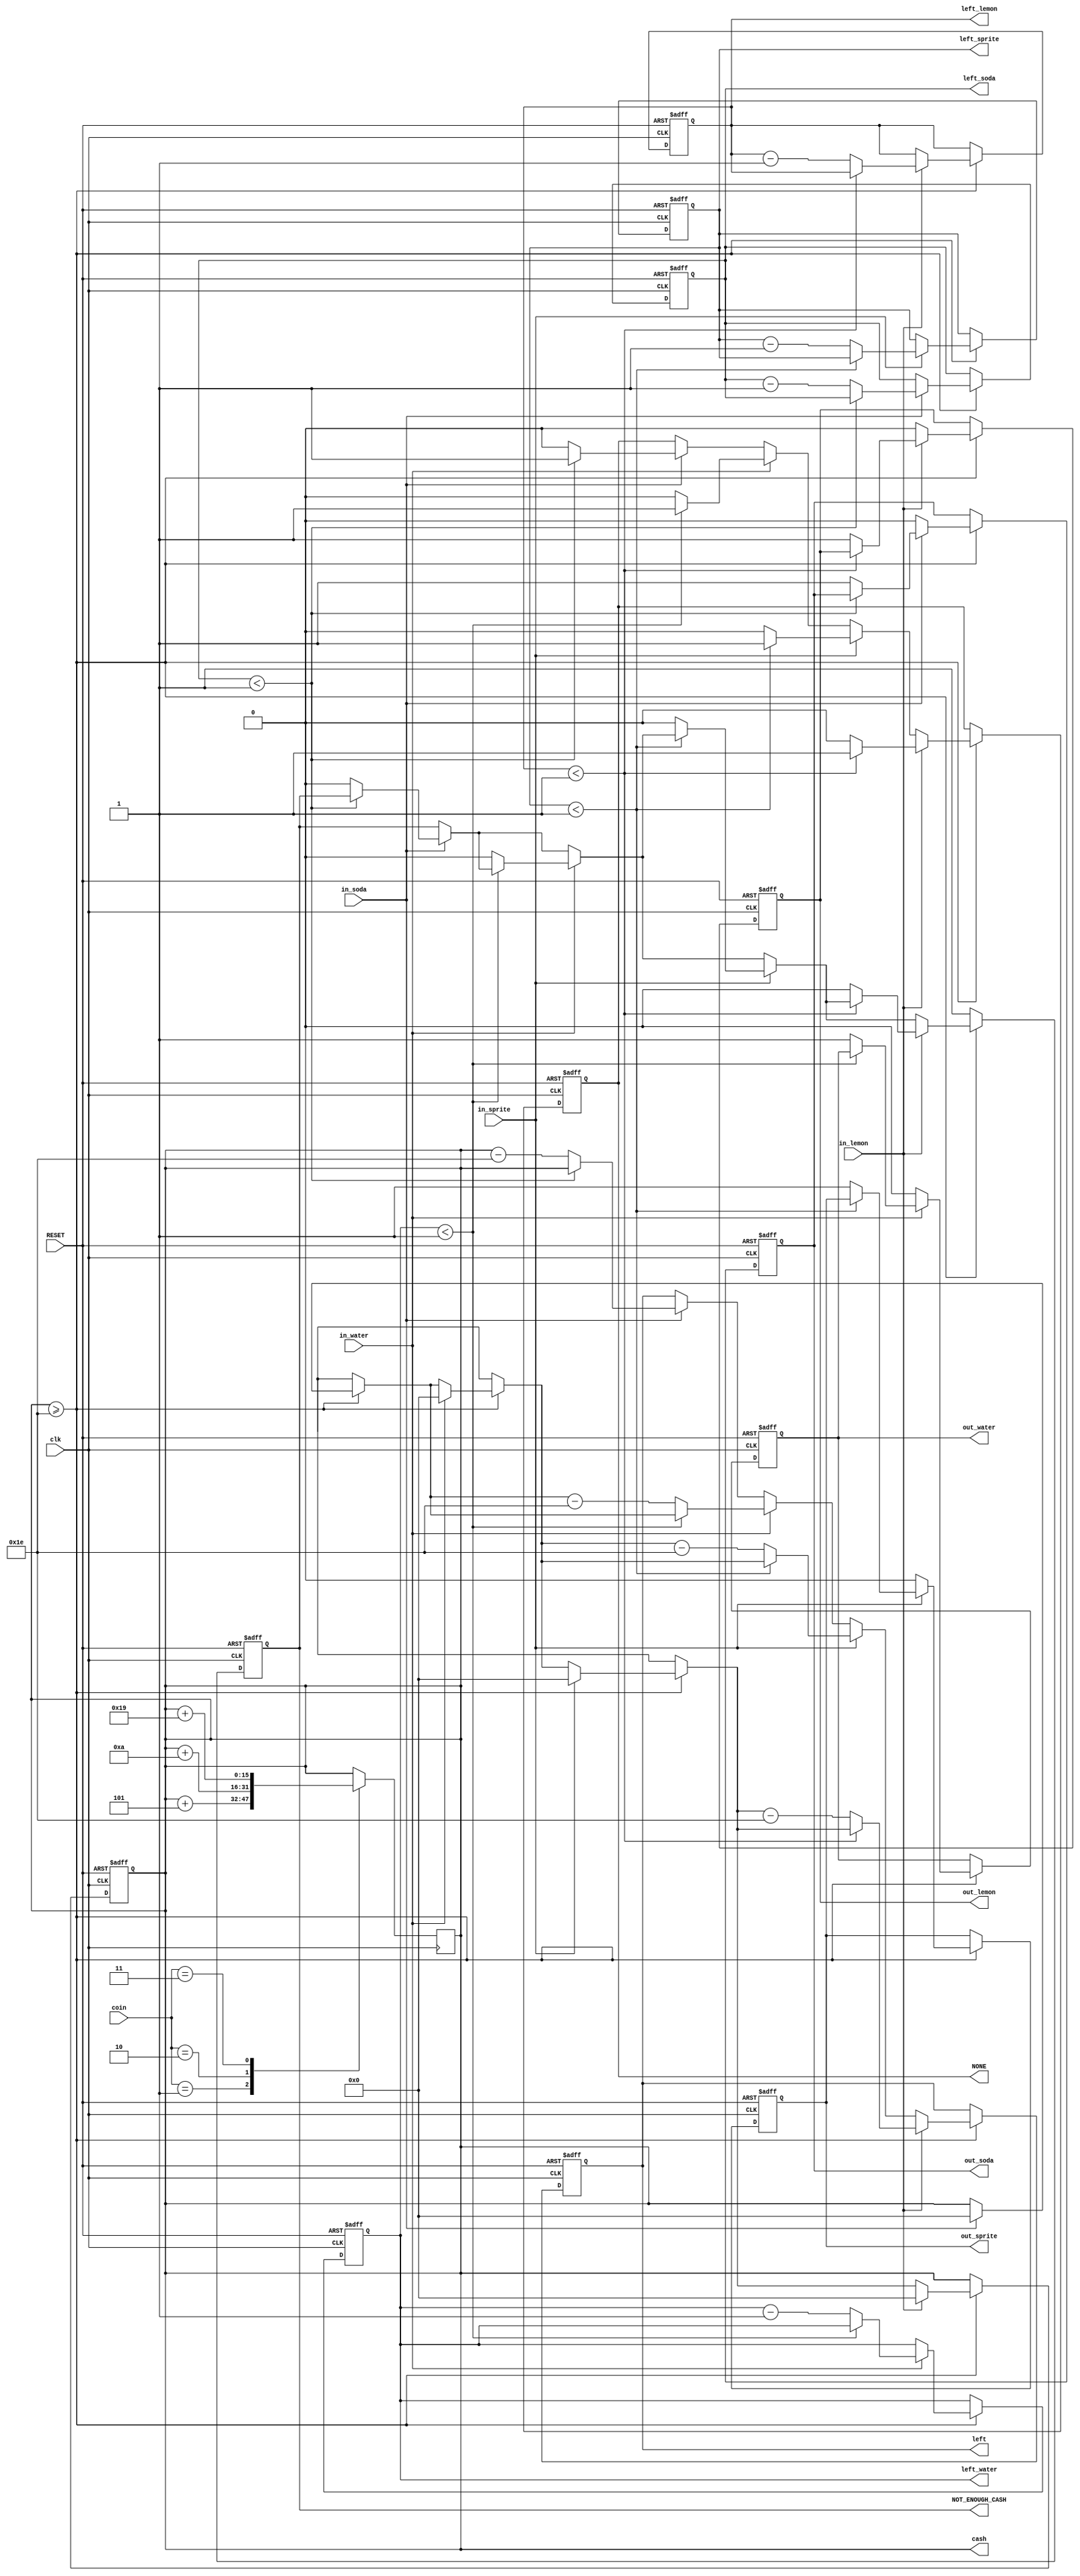
module course(
	     input [1:0] coin,
	     input RESET, clk,	
	     input in_soda, in_water, in_sprite, in_lemon,
             output reg out_soda, out_water, out_sprite, out_lemon, NOT_ENOUGH_CASH, NONE,
	     output reg [2:0] left_soda, left_water, left_sprite, left_lemon,
	     output reg [15:0] left, cash
	     );

parameter soda = 30, water = 30, sprite = 30, lemon = 30;

always @(posedge clk) 
begin
	case (coin)
		1: cash = cash + 5;
		2: cash = cash + 10;
		3: cash = cash + 25;
		default: cash = cash;
	endcase
end
	
always @(posedge clk or posedge RESET)
	if (RESET) 
		begin
			out_soda = 0; 
			out_water = 0; 
			out_sprite = 0; 
			out_lemon = 0; 
			NOT_ENOUGH_CASH = 0;
			NONE = 0;
			left = 0;
			cash = 0;
			left_soda = 5;
			left_water = 5;
			left_sprite = 5;
			left_lemon = 5;
		end
	else begin
		if (cash >= 30) 
			begin
				// soda
				if (in_soda == 1) 
					begin
						if (left_soda < 1) 
							begin
								NONE = 1;
								left = cash;
								cash = 0;
							end
						else begin 
							out_soda = 1;
							left_soda = left_soda - 1;
							left = cash - soda;
							cash = 0;
							NONE = 0;
							NOT_ENOUGH_CASH = 0;
						end
					end
				else begin 
					out_soda = 0;	
				end
				//water
				if (in_water == 1) 
					begin
						if (left_water < 1)
							begin
								NONE = 1;
								left = cash;
								cash = 0;
							end
						else begin 
							out_water = 1;
							left_water = left_water - 1;
							left = cash - water;
							cash = 0;
							NONE = 0;
							NOT_ENOUGH_CASH = 0;
						end
					end
				else begin 
					out_water = 0;	
				end
				//sprite 
				if (in_sprite == 1) 
					begin
						if (left_sprite < 1)
							begin
								NONE = 1;
								left = cash;
								cash = 0;
							end
						else begin 
							out_sprite = 1;
							left_sprite = left_sprite - 1;
							left = cash - sprite;
							cash = 0;
							NONE = 0;
							NOT_ENOUGH_CASH = 0;
						end
					end
				else begin 
					out_sprite = 0;
				end
				// lemon
				if (in_lemon == 1) 
					begin
						if (left_lemon < 1)
							begin
								NONE = 1;
								left = cash;
								cash = 0;
							end
						else begin 
							out_lemon = 1;
							left_lemon = left_lemon - 1;
							left = cash - lemon;
							cash = 0;
							NONE = 0;
							NOT_ENOUGH_CASH = 0;
						end
					end
				else begin 
					out_lemon = 0;
				end
			end
			else
				NOT_ENOUGH_CASH = 1;
end
endmodule